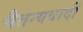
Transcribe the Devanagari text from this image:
चैतन्यवादी